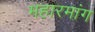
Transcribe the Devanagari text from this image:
महारमांग